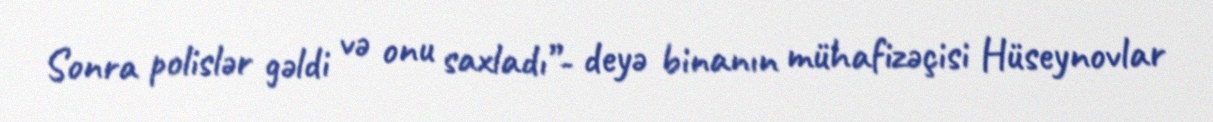
Sonra polislər gəldi və onu saxladı”- deyə binanın mühafizəçisi Hüseynovlar